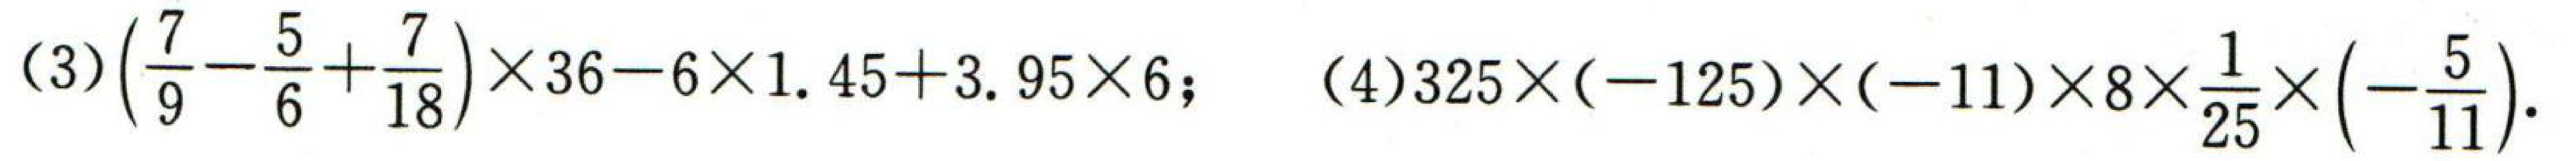
(3)\(\left(\dfrac{7}{9}-\dfrac{5}{6}+\dfrac{7}{18}\right)\times36 - 6\times1.45 + 3.95\times6\); (4)\(325\times(-125)\times(-11)\times8\times\dfrac{1}{25}\times\left(-\dfrac{5}{11}\right)\)